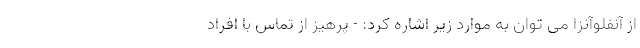
از آنفلوآنزا می توان به موارد زیر اشاره کرد: - پرهیز از تماس با افراد